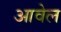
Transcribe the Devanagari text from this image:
आवेल